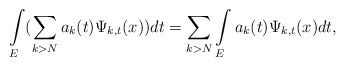
\begin{align*}\int\limits_{E}(\sum_{k>N}a_{k}(t)\Psi_{k,t}(x))dt=\sum_{k>N}\int\limits_{E}a_{k}(t)\Psi_{k,t}(x)dt,\end{align*}